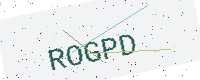
Text: ROGPD